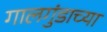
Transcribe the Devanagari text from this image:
गालगुंडाच्या